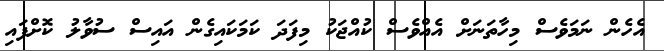
އެހެން ނަމަވެސް މިހާތަނަށް އެއްވެސް ކުއްޖަކު މިފަދަ ކަމަކައިގެން އައިސް ސުވާލު ކޮށްފައި